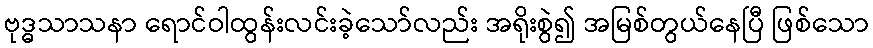
ဗုဒ္ဓသာသနာ ရောင်ဝါထွန်းလင်းခဲ့သော်လည်း အရိုးစွဲ၍ အမြစ်တွယ်နေပြီ ဖြစ်သော